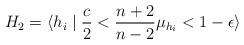
LaTeX: \begin{align*}H_{2}=\langle h_{i}\mid \frac{c}{2}<\frac{n+2}{n-2}\mu_{h_{i}}<1-\epsilon\rangle\end{align*}